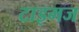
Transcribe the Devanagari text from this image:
टाइमज